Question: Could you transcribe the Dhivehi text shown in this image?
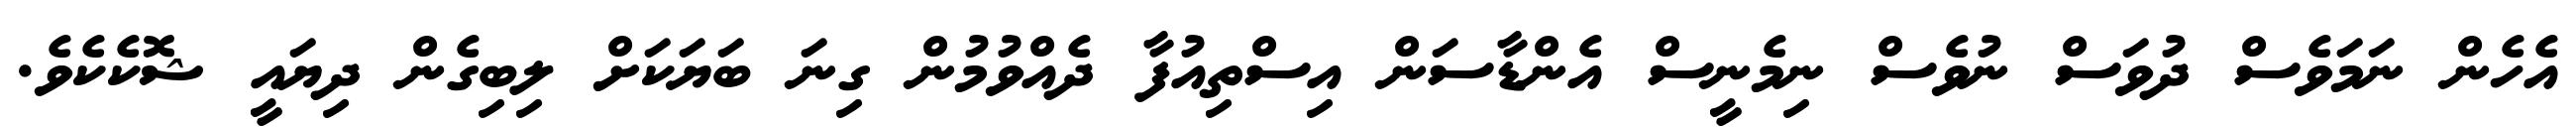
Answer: އެހެން ނަމަވެސް ދުވަސް ނުވެސް ނިމެނީސް އެންޑާސަން އިސްތިއުފާ ދެއްވުމުން ގިނަ ބަޔަކަށް ލިބިގެން ދިޔައީ ޝޮކެކެވެ.